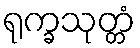
ရုက္ခသုတ္တံ